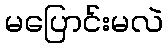
မပြောင်းမလဲ